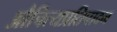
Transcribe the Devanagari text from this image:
औचित्यप्रतिपादन